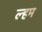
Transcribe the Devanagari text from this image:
ल्हम